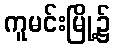
ကူမင်းမြို့၌